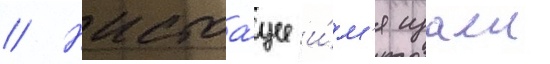
// Настоа́щее и́м'я изаеи